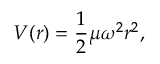
V ( r ) = { \frac { 1 } { 2 } } \mu \omega ^ { 2 } r ^ { 2 } ,